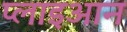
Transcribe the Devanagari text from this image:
प्लाइआन